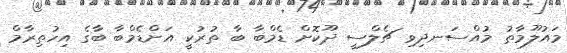
މައުލޫމާތު މުއްސަނދިވި ޗެލްސީ ދޫކޮށް ޑެމްބާ ބާ ތުރުކީ އަށްޑެމްބާ ބާގެ އިހުތިރާމް